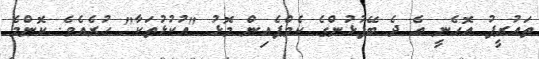
ތައުރީފު އޮހެނީ އެ ދެ ބޭފުޅުންގެ ކެމްޕެއިން މޮޅު "އުކުޅުތަކާ" ހުރެއެވެ. ކޮންމެ